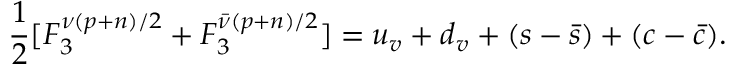
\frac { 1 } { 2 } [ F _ { 3 } ^ { \nu ( p + n ) / 2 } + F _ { 3 } ^ { \bar { \nu } ( p + n ) / 2 } ] = u _ { v } + d _ { v } + ( s - \bar { s } ) + ( c - \bar { c } ) .